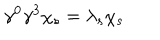
\gamma ^ { 0 } \gamma ^ { 3 } \chi _ { s } = \lambda _ { s } \chi _ { s } \,